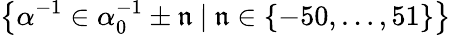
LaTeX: \left\lbrace\alpha^{-1}\in\alpha_{0}^{-1}\pm\mathfrak{n}\ |\ \mathfrak{n}\in\left\lbrace-50,\ldots,51\right\rbrace\right\rbrace